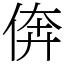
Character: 倴